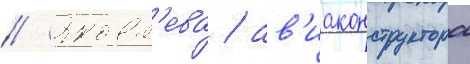
// Яковл'ева / ав'иаконструктора